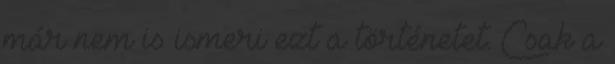
már nem is ismeri ezt a történetet. Csak a